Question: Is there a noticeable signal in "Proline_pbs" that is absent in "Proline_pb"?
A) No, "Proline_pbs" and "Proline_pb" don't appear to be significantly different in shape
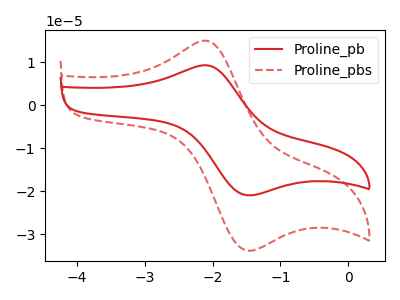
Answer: <think>The red curve "Proline_pb" has an anodic peak at (-2.10V, 9.30uA) and a cathodic peak at (-1.55V, -20.80uA). The red dashed curve "Proline_pbs" has an anodic peak at (-2.10V, 15.00uA) and a cathodic peak at (-1.55V, -33.60uA).
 All the peaks in "Proline_pbs" have a peak in "Proline_pb" at the same potential. Every peak in "Proline_pbs" is higher than every peak in "Proline_pb".</think>
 <answer>A) No, "Proline_pbs" and "Proline_pb" don't appear to be significantly different in shape</answer>
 <eval>A</eval>